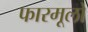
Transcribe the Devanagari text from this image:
फारमूलों